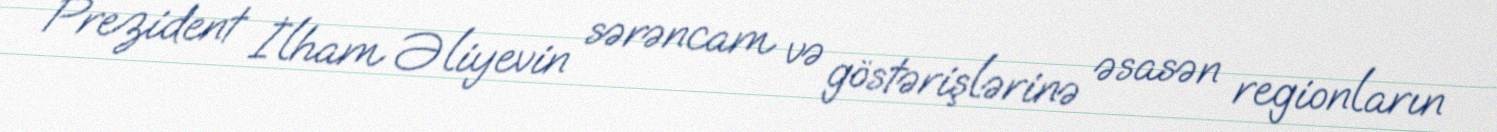
Prezident İlham Əliyevin sərəncam və göstərişlərinə əsasən regionların